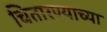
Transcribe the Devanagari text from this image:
चितारण्याच्या